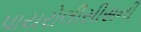
પાયરોલીસીસની